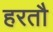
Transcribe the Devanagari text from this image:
हरतौ